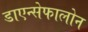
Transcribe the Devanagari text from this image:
डाएन्सेफालोन